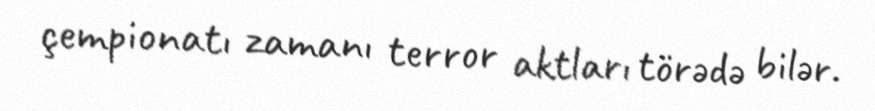
çempionatı zamanı terror aktları törədə bilər.